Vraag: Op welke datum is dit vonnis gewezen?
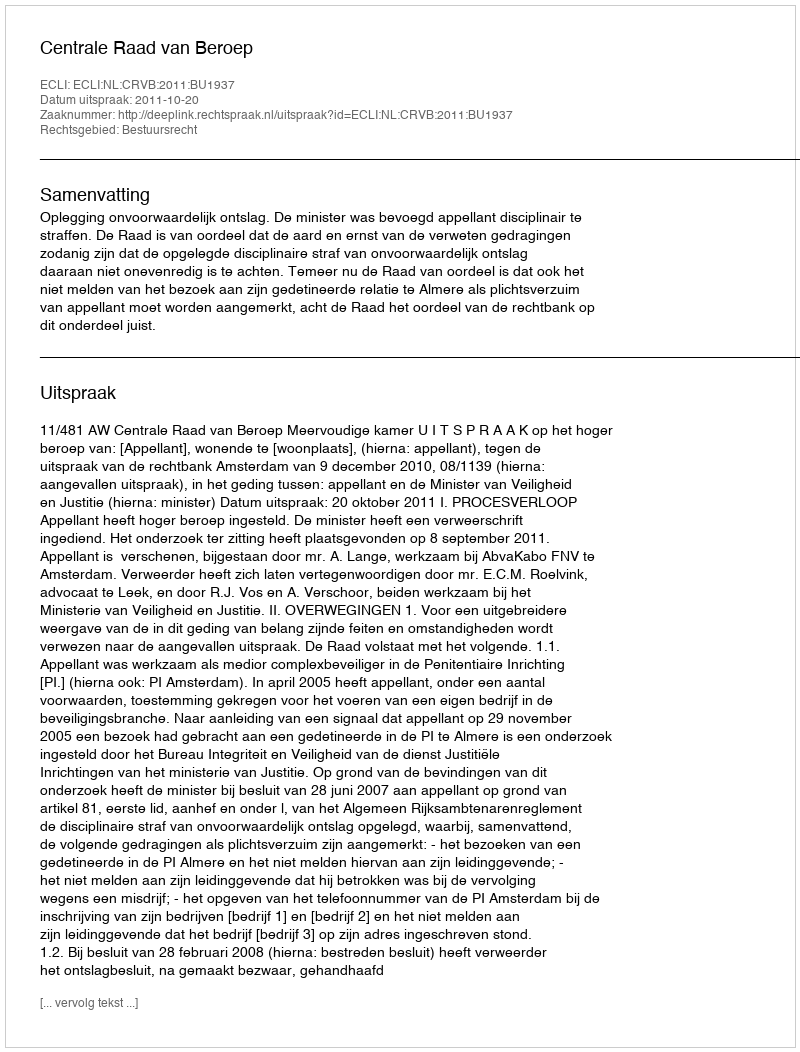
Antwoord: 2011-10-20